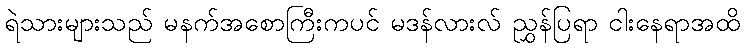
ရဲသားများသည် မနက်အစောကြီးကပင် မဒန်လားလ် ညွှန်ပြရာ ငါးနေရာအထိ